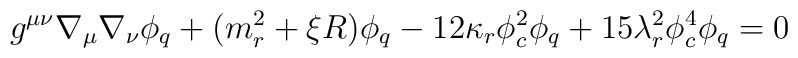
g^{\mu \nu }\nabla _\mu \nabla _\nu \phi _q+(m_r^2+\xi R)\phi_q-12\kappa _r\phi _c^2\phi _q+15\lambda _r^2\phi _c^4\phi _q=0